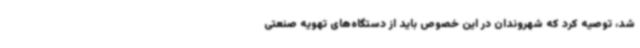
شد، توصیه کرد که شهروندان در این خصوص باید از دستگاه‌های تهویه صنعتی